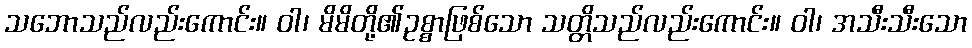
သဘောသည်လည်းကောင်း။ ဝါ၊ မိမိတို့၏ဥစ္စာဖြစ်သော သတ္တိသည်လည်းကောင်း။ ဝါ၊ အသီးသီးသော